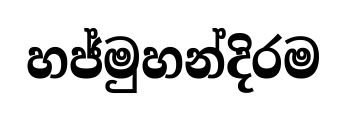
හජ්මුහන්දිරම